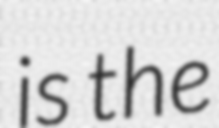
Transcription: is the